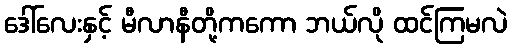
ဒေါ်လေးနှင့် မီလာနီတို့ကကော ဘယ်လို ထင်ကြမလဲ